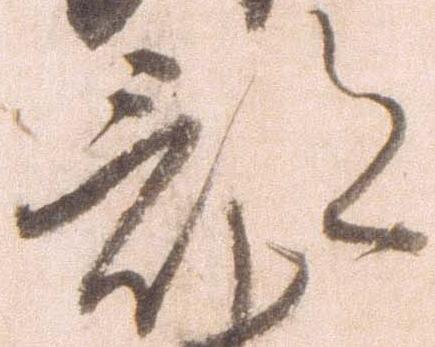
部